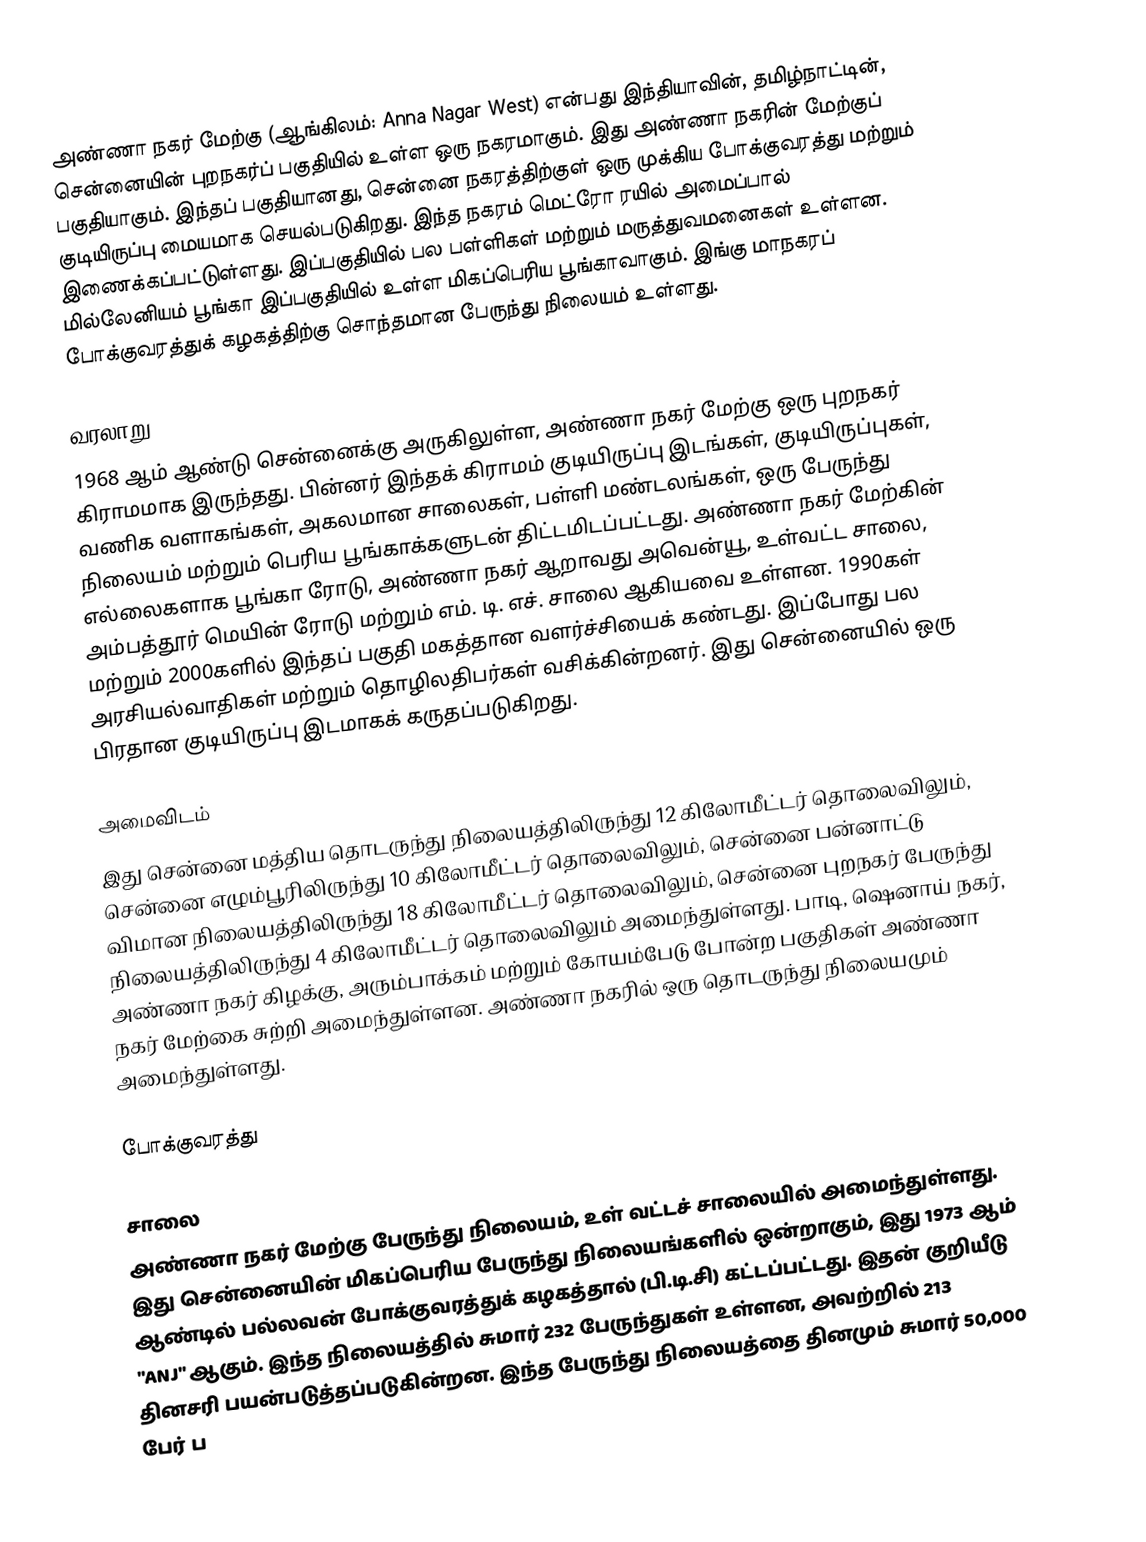
அண்ணா நகர் மேற்கு (ஆங்கிலம்: Anna Nagar West) என்பது இந்தியாவின், தமிழ்நாட்டின், சென்னையின் புறநகர்ப் பகுதியில் உள்ள ஒரு நகரமாகும். இது அண்ணா நகரின் மேற்குப் பகுதியாகும். இந்தப் பகுதியானது, சென்னை நகரத்திற்குள் ஒரு முக்கிய போக்குவரத்து மற்றும் குடியிருப்பு மையமாக செயல்படுகிறது. இந்த நகரம் மெட்ரோ ரயில் அமைப்பால் இணைக்கப்பட்டுள்ளது. இப்பகுதியில் பல பள்ளிகள் மற்றும் மருத்துவமனைகள் உள்ளன. மில்லேனியம் பூங்கா இப்பகுதியில் உள்ள மிகப்பெரிய பூங்காவாகும். இங்கு மாநகரப் போக்குவரத்துக் கழகத்திற்கு சொந்தமான பேருந்து நிலையம் உள்ளது.

வரலாறு
1968 ஆம் ஆண்டு சென்னைக்கு அருகிலுள்ள, அண்ணா நகர் மேற்கு ஒரு புறநகர் கிராமமாக இருந்தது. பின்னர் இந்தக் கிராமம் குடியிருப்பு இடங்கள், குடியிருப்புகள், வணிக வளாகங்கள், அகலமான சாலைகள், பள்ளி மண்டலங்கள், ஒரு பேருந்து நிலையம் மற்றும் பெரிய பூங்காக்களுடன் திட்டமிடப்பட்டது. அண்ணா நகர் மேற்கின் எல்லைகளாக பூங்கா ரோடு, அண்ணா நகர் ஆறாவது அவென்யூ, உள்வட்ட சாலை, அம்பத்தூர் மெயின் ரோடு மற்றும் எம். டி. எச். சாலை ஆகியவை உள்ளன. 1990கள் மற்றும் 2000களில் இந்தப் பகுதி மகத்தான வளர்ச்சியைக் கண்டது. இப்போது பல அரசியல்வாதிகள் மற்றும் தொழிலதிபர்கள் வசிக்கின்றனர். இது சென்னையில் ஒரு பிரதான குடியிருப்பு இடமாகக் கருதப்படுகிறது.

அமைவிடம்
இது சென்னை மத்திய தொடருந்து நிலையத்திலிருந்து 12 கிலோமீட்டர் தொலைவிலும், சென்னை எழும்பூரிலிருந்து 10 கிலோமீட்டர் தொலைவிலும், சென்னை பன்னாட்டு விமான நிலையத்திலிருந்து 18 கிலோமீட்டர் தொலைவிலும், சென்னை புறநகர் பேருந்து நிலையத்திலிருந்து 4 கிலோமீட்டர் தொலைவிலும் அமைந்துள்ளது. பாடி, ஷெனாய் நகர், அண்ணா நகர் கிழக்கு, அரும்பாக்கம் மற்றும் கோயம்பேடு போன்ற பகுதிகள் அண்ணா நகர் மேற்கை சுற்றி அமைந்துள்ளன. அண்ணா நகரில் ஒரு தொடருந்து நிலையமும் அமைந்துள்ளது.

போக்குவரத்து

சாலை
அண்ணா நகர் மேற்கு பேருந்து நிலையம், உள் வட்டச் சாலையில் அமைந்துள்ளது. இது சென்னையின் மிகப்பெரிய பேருந்து நிலையங்களில் ஒன்றாகும், இது 1973 ஆம் ஆண்டில் பல்லவன் போக்குவரத்துக் கழகத்தால் (பி.டி.சி) கட்டப்பட்டது. இதன் குறியீடு "ANJ" ஆகும். இந்த நிலையத்தில் சுமார் 232 பேருந்துகள் உள்ளன, அவற்றில் 213 தினசரி பயன்படுத்தப்படுகின்றன. இந்த பேருந்து நிலையத்தை தினமும் சுமார் 50,000 பேர் ப